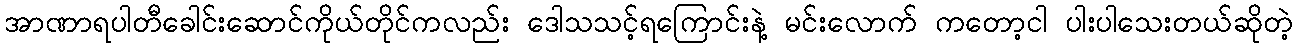
အာဏာရပါတီခေါင်းဆောင်ကိုယ်တိုင်ကလည်း ဒေါသသင့်ရကြောင်းနဲ့ မင်းလောက် ကတော့ငါ ပါးပါသေးတယ်ဆိုတဲ့